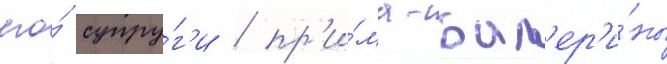
его́ супру́г'и / пр'и́ма-бал'ер'и́ны